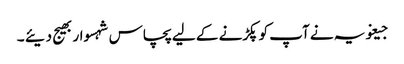
جیغویہ نے آپ کو پکڑنے کے لیے پچاس شہسوار بھیج دیئے ۔